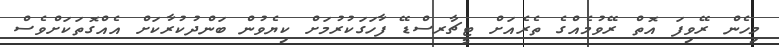
މިހެން ރޭވިފަ އޮތް ރޭވުމެއްގެ ތެރެއަށް ޓީޗާރސްޑޭ ފާހަގަކުރުމަށް ކިޔެވުން ބަންދުކުރާކަށް އެއްގޮތަކަށްވެސް